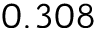
0 . 3 0 8